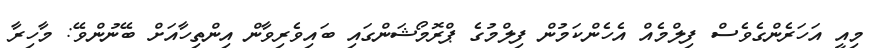
މިއީ އަހަރެންގެވެސް ފިލްމެއް އެހެންކަމުން ފިލްމުގެ ޕްރޮމޯޝަންގައި ބައިވެރިވާން އިންތިހާއަށް ބޭނުންވޭ: މާހިރާ